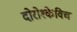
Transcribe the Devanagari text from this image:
दोरोश्केविच